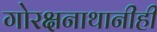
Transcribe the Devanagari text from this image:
गोरक्षनाथानीही